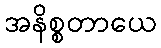
အနိစ္စတာယေ